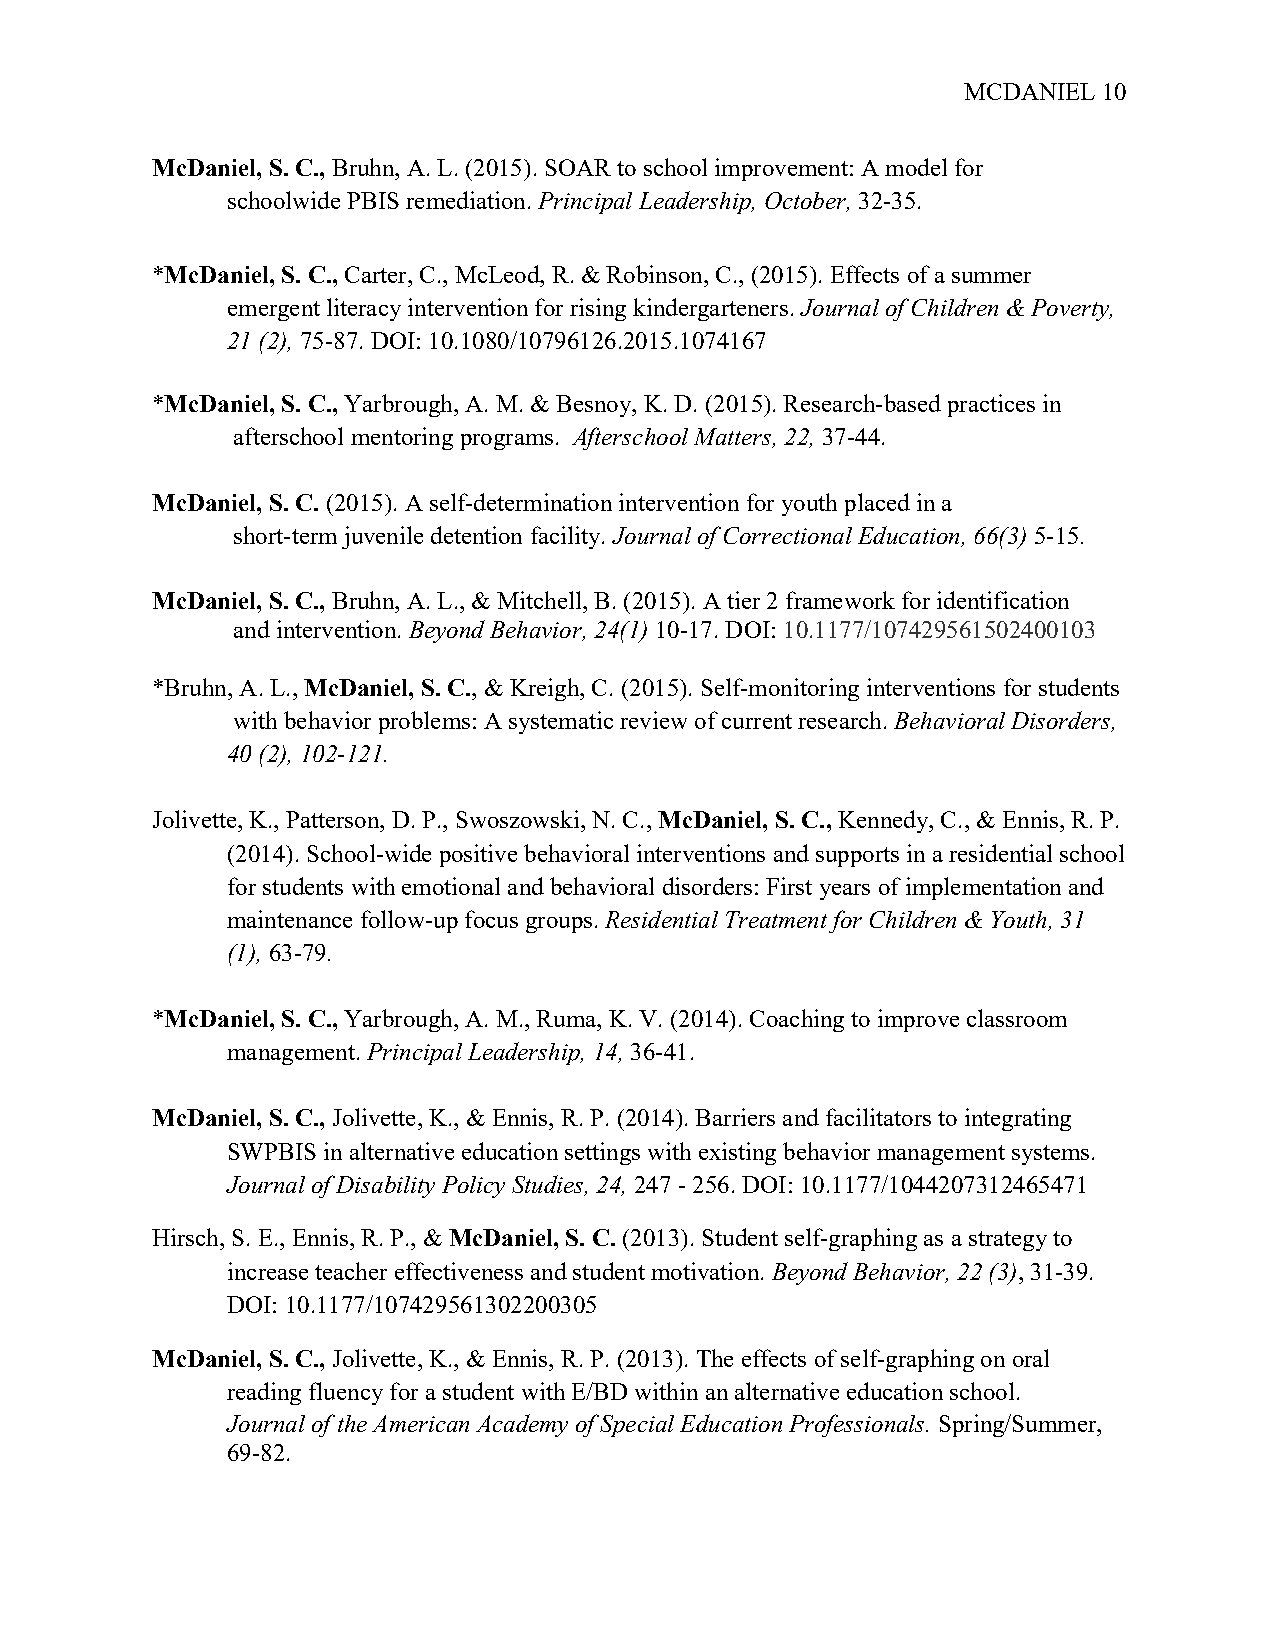
MCDANIEL 10
 McDaniel, S. C., Bruhn, A. L. (2015). SOAR to school improvement: A model for
 schoolwide PBIS remediation. Principal Leadership, October, 32-35.
 *McDaniel, S. C., Carter, C., McLeod, R. & Robinson, C., (2015). Effects of a summer
 emergent literacy intervention for rising kindergarteners. Journal of Children & Poverty,
 21 (2), 75-87. DOI: 10.1080/10796126.2015.1074167
 *McDaniel, S. C., Yarbrough, A. M. & Besnoy, K. D. (2015). Research-based practices in
 afterschool mentoring programs. Afterschool Matters, 22, 37-44.
 McDaniel, S. C. (2015). A self-determination intervention for youth placed in a
 short-term juvenile detention facility. Journal of Correctional Education, 66(3) 5-15.
 McDaniel, S. C., Bruhn, A. L., & Mitchell, B. (2015). A tier 2 framework for identification
 and intervention. Beyond Behavior, 24(1) 10-17. DOI: 10.1177/107429561502400103
 *Bruhn, A. L., McDaniel, S. C., & Kreigh, C. (2015). Self-monitoring interventions for students
 with behavior problems: A systematic review of current research. Behavioral Disorders,
 40 (2), 102-121.
 Jolivette, K., Patterson, D. P., Swoszowski, N. C., McDaniel, S. C., Kennedy, C., & Ennis, R. P.
 (2014). School-wide positive behavioral interventions and supports in a residential school
 for students with emotional and behavioral disorders: First years of implementation and
 maintenance follow-up focus groups. Residential Treatment for Children & Youth, 31
 (1), 63-79.
 *McDaniel, S. C., Yarbrough, A. M., Ruma, K. V. (2014). Coaching to improve classroom
 management. Principal Leadership, 14, 36-41.
 McDaniel, S. C., Jolivette, K., & Ennis, R. P. (2014). Barriers and facilitators to integrating
 SWPBIS in alternative education settings with existing behavior management systems.
 Journal of Disability Policy Studies, 24, 247 - 256. DOI: 10.1177/1044207312465471
 Hirsch, S. E., Ennis, R. P., & McDaniel, S. C. (2013). Student self-graphing as a strategy to
 increase teacher effectiveness and student motivation. Beyond Behavior, 22 (3), 31-39.
 DOI: 10.1177/107429561302200305
 McDaniel, S. C., Jolivette, K., & Ennis, R. P. (2013). The effects of self-graphing on oral
 reading fluency for a student with E/BD within an alternative education school.
 Journal of the American Academy of Special Education Professionals. Spring/Summer,
 69-82.